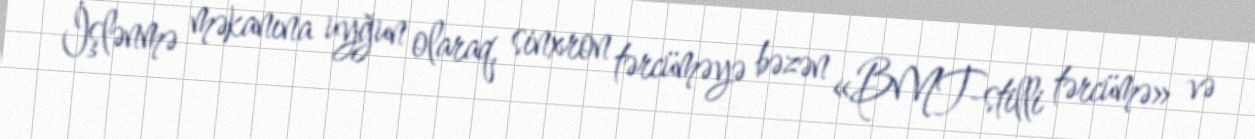
İşlənmə məkanına uyğun olaraq, sinxron tərcüməyə bəzən «BMT-stilli tərcümə» və